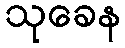
သုခေန